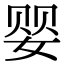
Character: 婴